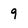
Character: 9